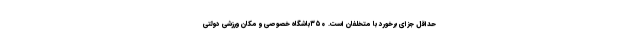
حداقل جزای برخورد با متخلفان است. ۳۵۰باشگاه خصوصی و مکان ورزشی دولتی